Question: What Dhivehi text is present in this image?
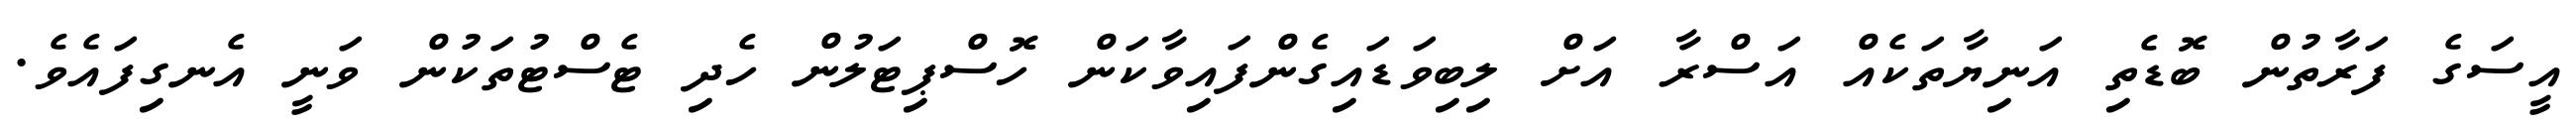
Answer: އީސަގެ ފަރާތުން ބޮޑެތި އަނިޔާތަކެއް އަސްރާ އަށް ލިބިވަޑައިގެންފައިވާކަން ހޮސްޕިޓަލުން ހެދި ޓެސްޓުތަކުން ވަނީ އެނގިފައެވެ.